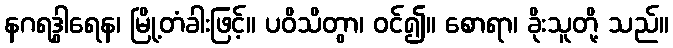
နဂရဒွါရေန၊ မြို့တံခါးဖြင့်။ ပဝိသိတွာ၊ ဝင်၍။ စောရာ၊ ခိုးသူတို့ သည်။